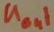
Text: Uout